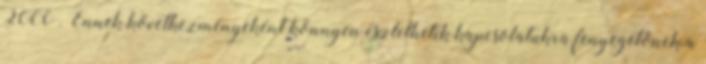
2000 . Ennek következményeként könnyen észlelhetik kapcsolatukra fenyegetőnek a